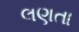
લણતા